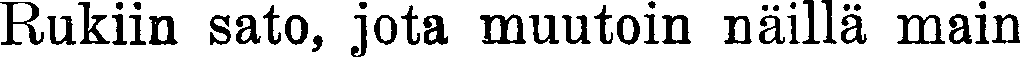
Rukiin sato, jota muutoin näillä main